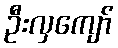
ဦးလှကျော်